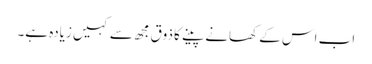
اب اس کے کھانے پینے کا ذوق مجھ سے کہیں زیادہ ہے۔